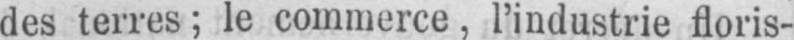
des terres; le commerce, l’industrie floris-